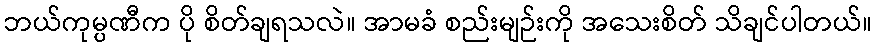
ဘယ်ကုမ္ပဏီက ပို စိတ်ချရသလဲ။ အာမခံ စည်းမျဉ်းကို အသေးစိတ် သိချင်ပါတယ်။